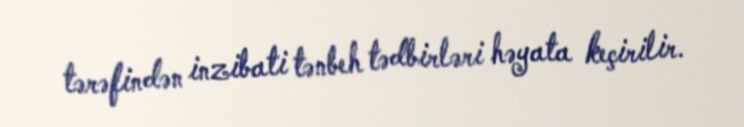
tərəfindən inzibati tənbeh tədbirləri həyata keçirilir.